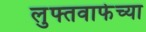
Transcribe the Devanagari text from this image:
लुफ्तवाफेच्या